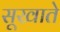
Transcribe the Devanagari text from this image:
सूखाते